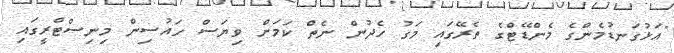
"އަޅުގަނޑުމެންގެ މެންޑޭޓްގެ ތެރޭގައި މަގު ހެދުން ނެތް ކަމަށް ވިޔަސް ހައުސިން މިނިސްޓްރީގައި